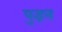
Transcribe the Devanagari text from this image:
पुइन